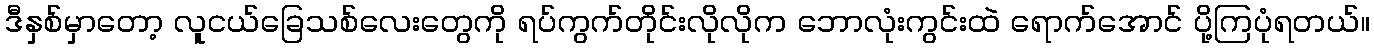
ဒီနှစ်မှာတော့ လူငယ်ခြေသစ်လေးတွေကို ရပ်ကွက်တိုင်းလိုလိုက ဘောလုံးကွင်းထဲ ရောက်အောင် ပို့ကြပုံရတယ်။